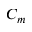
C _ { m }